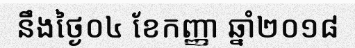
នឹងថ្ងៃ០៤ ខែកញ្ញា ឆ្នាំ២០១៨